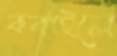
ককাইলে